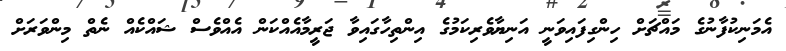
އެމަނިކުފާނުގެ މައްޗަށް ހިންގިފައިވަނީ އަނިޔާވެރިކަމުގެ އިންތިހާގައިވާ ޖަރީމާއެއްކަން އެއްވެސް ޝައްކެއް ނެތް މިންވަރަށް